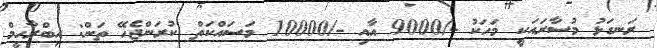
ރަނގަޅު މުސާރައަކީ މަހަކު -/9000 އާއި -/10000 މަސައްކަތް ކުރަންޖެހޭ ތަން: އިބްރާހީމް